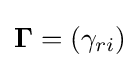
{\boldsymbol {\Gamma }}=(\gamma _{ri})